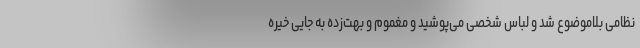
نظامی بلاموضوع شد و لباس شخصی می‌پوشید و مغموم و بهت‌زده به جایی خیره